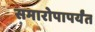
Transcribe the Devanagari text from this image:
समारोपापर्यंत